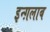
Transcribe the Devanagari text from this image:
इन्ग़लाब